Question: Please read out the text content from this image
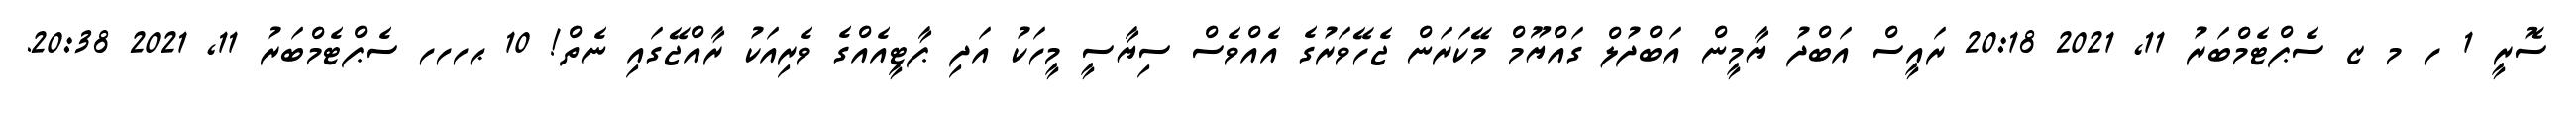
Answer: ސޮރީ 1 ހ މ ޒ ސެޕްޓެމްބަރު 11, 2021 20:18 ރައީސް އަބްދު ޔާމީން އަބްދުލް ގައްޔޫމް މޭކަރަން ޖެހޭވަރުގެ އެއްވެސް ސިޔާސީ މީހަކު އަދި ޕާޓީއެއްގެ ވެރިއަކު ރާއްޖޭގައި ނެތް! 10 ޙހހހ ސެޕްޓެމްބަރު 11, 2021 20:38.